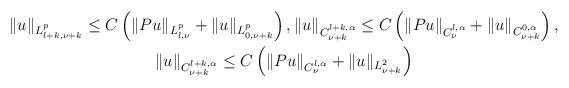
LaTeX: \begin{align*}\begin{gathered}\| u \|_{L^p_{l+k,\nu+k}} \leq C\left( \| Pu\|_{L^p_{l,\nu}} + \| u \|_{L^p_{0,\nu+k}}\right) ,\| u \|_{C^{l+k,\alpha}_{\nu+k}} \leq C\left( \| Pu\|_{C^{l,\alpha}_{\nu}} + \| u \|_{C^{0,\alpha}_{\nu+k}}\right),\\\| u \|_{C^{l+k,\alpha}_{\nu+k}} \leq C \left( \| Pu\|_{C^{l,\alpha}_{\nu}} + \| u \|_{L^2_{\nu+k}}\right)\end{gathered}\end{align*}